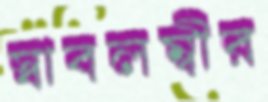
স্বাবলম্বীর